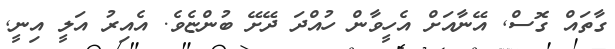
ގާތައް ގޮސް